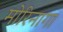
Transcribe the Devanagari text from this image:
मोरिनागा